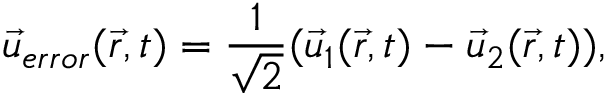
{ { \vec { u } } _ { e r r o r } } ( \vec { r } , t ) = \frac { 1 } { \sqrt { 2 } } ( { { \vec { u } } _ { 1 } } ( \vec { r } , t ) - { { \vec { u } } _ { 2 } } ( \vec { r } , t ) ) ,